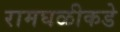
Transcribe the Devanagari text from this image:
रामघळीकडे